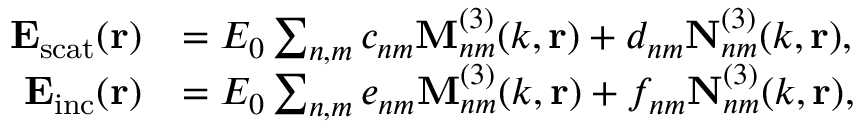
\begin{array} { r l } { \mathbf { E _ { \mathrm { s c a t } } } ( \mathbf { r } ) } & { = E _ { 0 } \sum _ { n , m } c _ { n m } \mathbf { M } _ { n m } ^ { ( 3 ) } ( k , \mathbf { r } ) + d _ { n m } \mathbf { N } _ { n m } ^ { ( 3 ) } ( k , \mathbf { r } ) , } \\ { \mathbf { E _ { \mathrm { i n c } } } ( \mathbf { r } ) } & { = E _ { 0 } \sum _ { n , m } e _ { n m } \mathbf { M } _ { n m } ^ { ( 3 ) } ( k , \mathbf { r } ) + f _ { n m } \mathbf { N } _ { n m } ^ { ( 3 ) } ( k , \mathbf { r } ) , } \end{array}